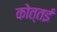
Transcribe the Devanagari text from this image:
कोत्तई